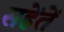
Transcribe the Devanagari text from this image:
सहेंतें